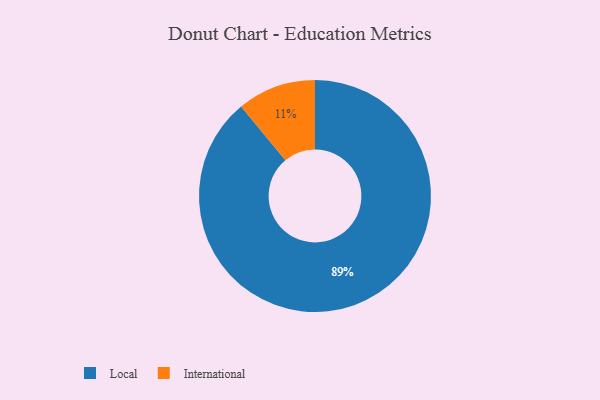
{"axis": {"x": "Category", "y": "Percentage"}, "legend": ["International", "Local"], "data": [{"x": "International", "y": 11, "type": "International"}, {"x": "Local", "y": 89, "type": "Local"}]}